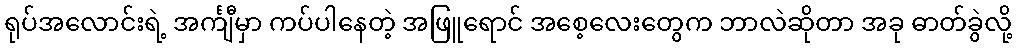
ရုပ်အလောင်းရဲ့ အင်္ကျီမှာ ကပ်ပါနေတဲ့ အဖြူရောင် အစေ့လေးတွေက ဘာလဲဆိုတာ အခု ဓာတ်ခွဲလို့